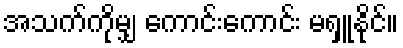
အသက်ကိုမျှ ကောင်းကောင်း မရှူနိုင်။